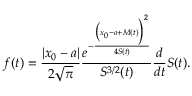
f ( t ) = \frac { | x _ { 0 } - a | } { 2 \sqrt { \pi } } \frac { e ^ { - \frac { \big ( x _ { 0 } - a + M ( t ) \Big ) ^ { 2 } } { 4 S ( t ) } } } { S ^ { 3 / 2 } ( t ) } \frac { d } { d t } S ( t ) .